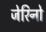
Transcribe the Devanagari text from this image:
जेरिनो